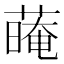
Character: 𦺽